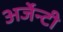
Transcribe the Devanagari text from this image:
अर्जेन्टी